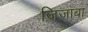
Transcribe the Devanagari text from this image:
जिजाबा